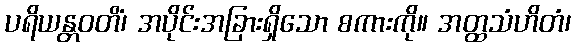
ပရိယန္တဝတိံ၊ အပိုင်းအခြားရှိသော စကားကို။ အတ္ထသံဟိတံ၊